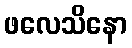
ဖလေသိနော